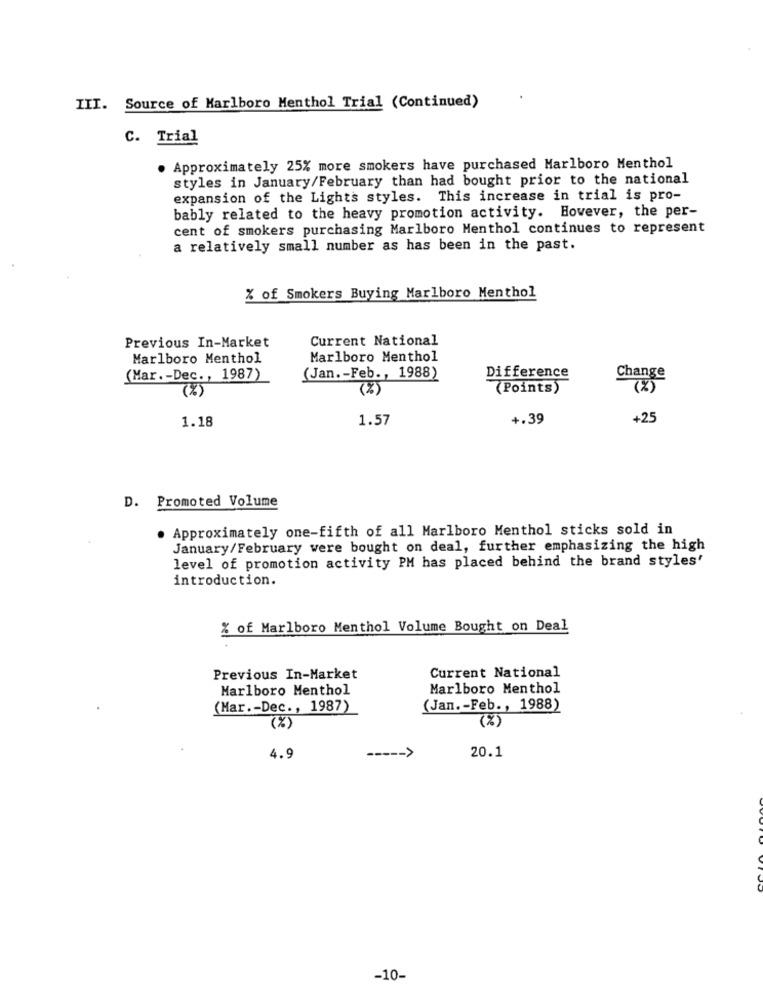
III. Source of Marlboro Menthol Trial (Continued)
C. Trial
. Approximately 25% more smokers have purchased Marlboro Menthol
styles in January/February than had bought prior to the national
expansion of the Lights styles. This increase in trial is pro-
bably related to the heavy promotion activity. However, the per-
cent of smokers purchasing Marlboro Menthol continues to represent
a relatively small number as has been in the past.
% of Smokers Buying Marlboro Menthol
Previous In-Market
Current National
Marlboro Menthol
Marlboro Menthol
(Mar .- Dec ., 1987)
(Jan .- Feb ., 1988)
Difference
Change
(%)
(%)
(Points)
(%)
1.57
+.39
+25
1.18
D. Promoted Volume
. Approximately one-fifth of all Marlboro Menthol sticks sold in
January/February were bought on deal, further emphasizing the high
level of promotion activity PM has placed behind the brand styles'
introduction.
% of Marlboro Menthol Volume Bought on Deal
Previous In-Market
Current National
Marlboro Menthol
Marlboro Menthol
(Mar .- Dec ., 1987)
(Jan .- Feb ., 1988)
(X)
(%)
20.1
4.9
-10-